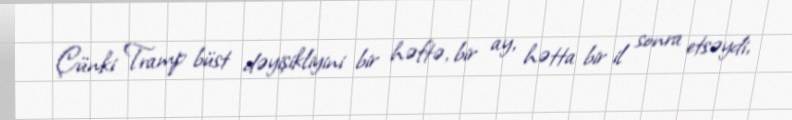
Çünki Tramp büst dəyişikliyini bir həftə, bir ay, hətta bir il sonra etsəydi,